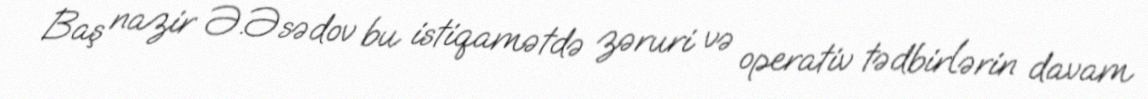
Baş nazir Ə.Əsədov bu istiqamətdə zəruri və operativ tədbirlərin davam